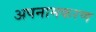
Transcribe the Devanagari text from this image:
अपनामकरण